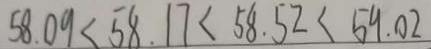
5 8 . 0 9 < 5 8 . 1 7 < 5 8 . 5 2 < 5 9 . 0 2